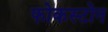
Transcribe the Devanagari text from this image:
फोकस्टोन